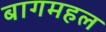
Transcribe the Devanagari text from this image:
बागमहल